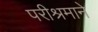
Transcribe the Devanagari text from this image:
परीश्रमाने